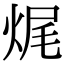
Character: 𤈦